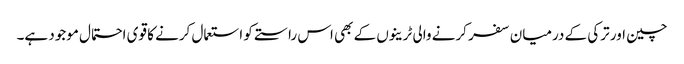
چین اور ترکی کے درمیان سفر کرنے والی ٹرینوں کے بھی اس راستے کو استعمال کرنے کا قوی احتمال موجود ہے۔